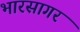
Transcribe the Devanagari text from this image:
भारसागर